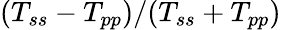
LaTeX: (T_{ss}-T_{pp})/(T_{ss}+T_{pp})